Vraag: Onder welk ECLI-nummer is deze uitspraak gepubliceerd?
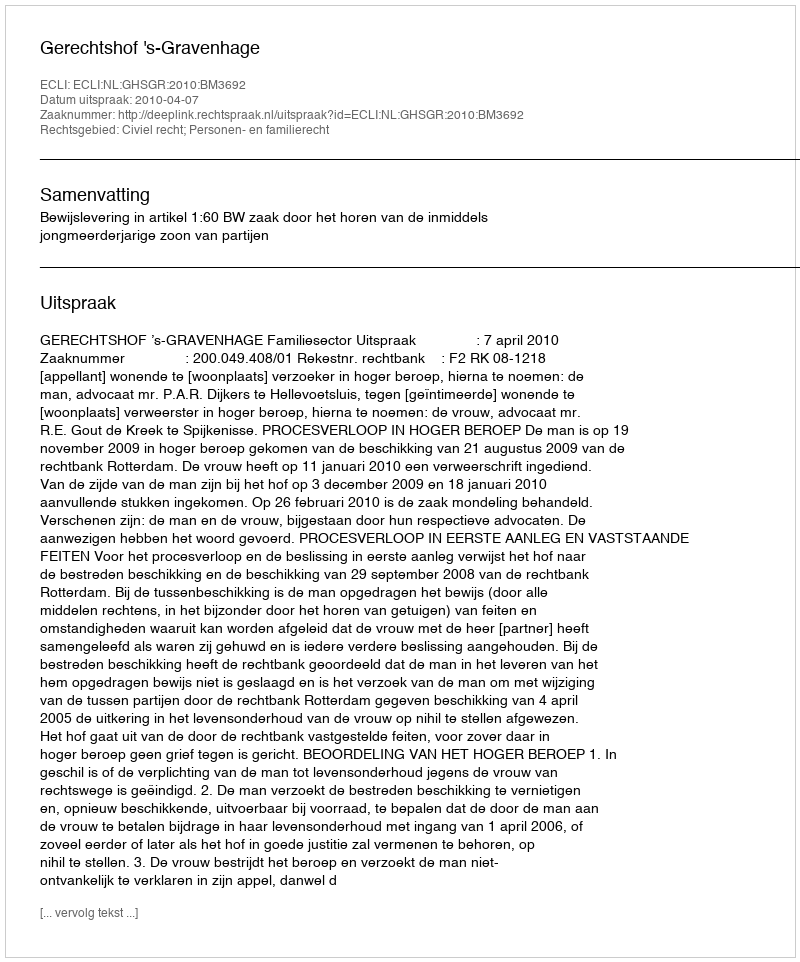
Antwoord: ECLI:NL:GHSGR:2010:BM3692